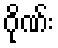
ဂိုဏ်း